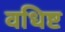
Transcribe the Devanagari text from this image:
वधिष्ट